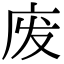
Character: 废